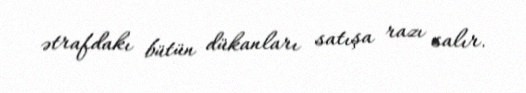
ətrafdakı bütün dükanları satışa razı salır.